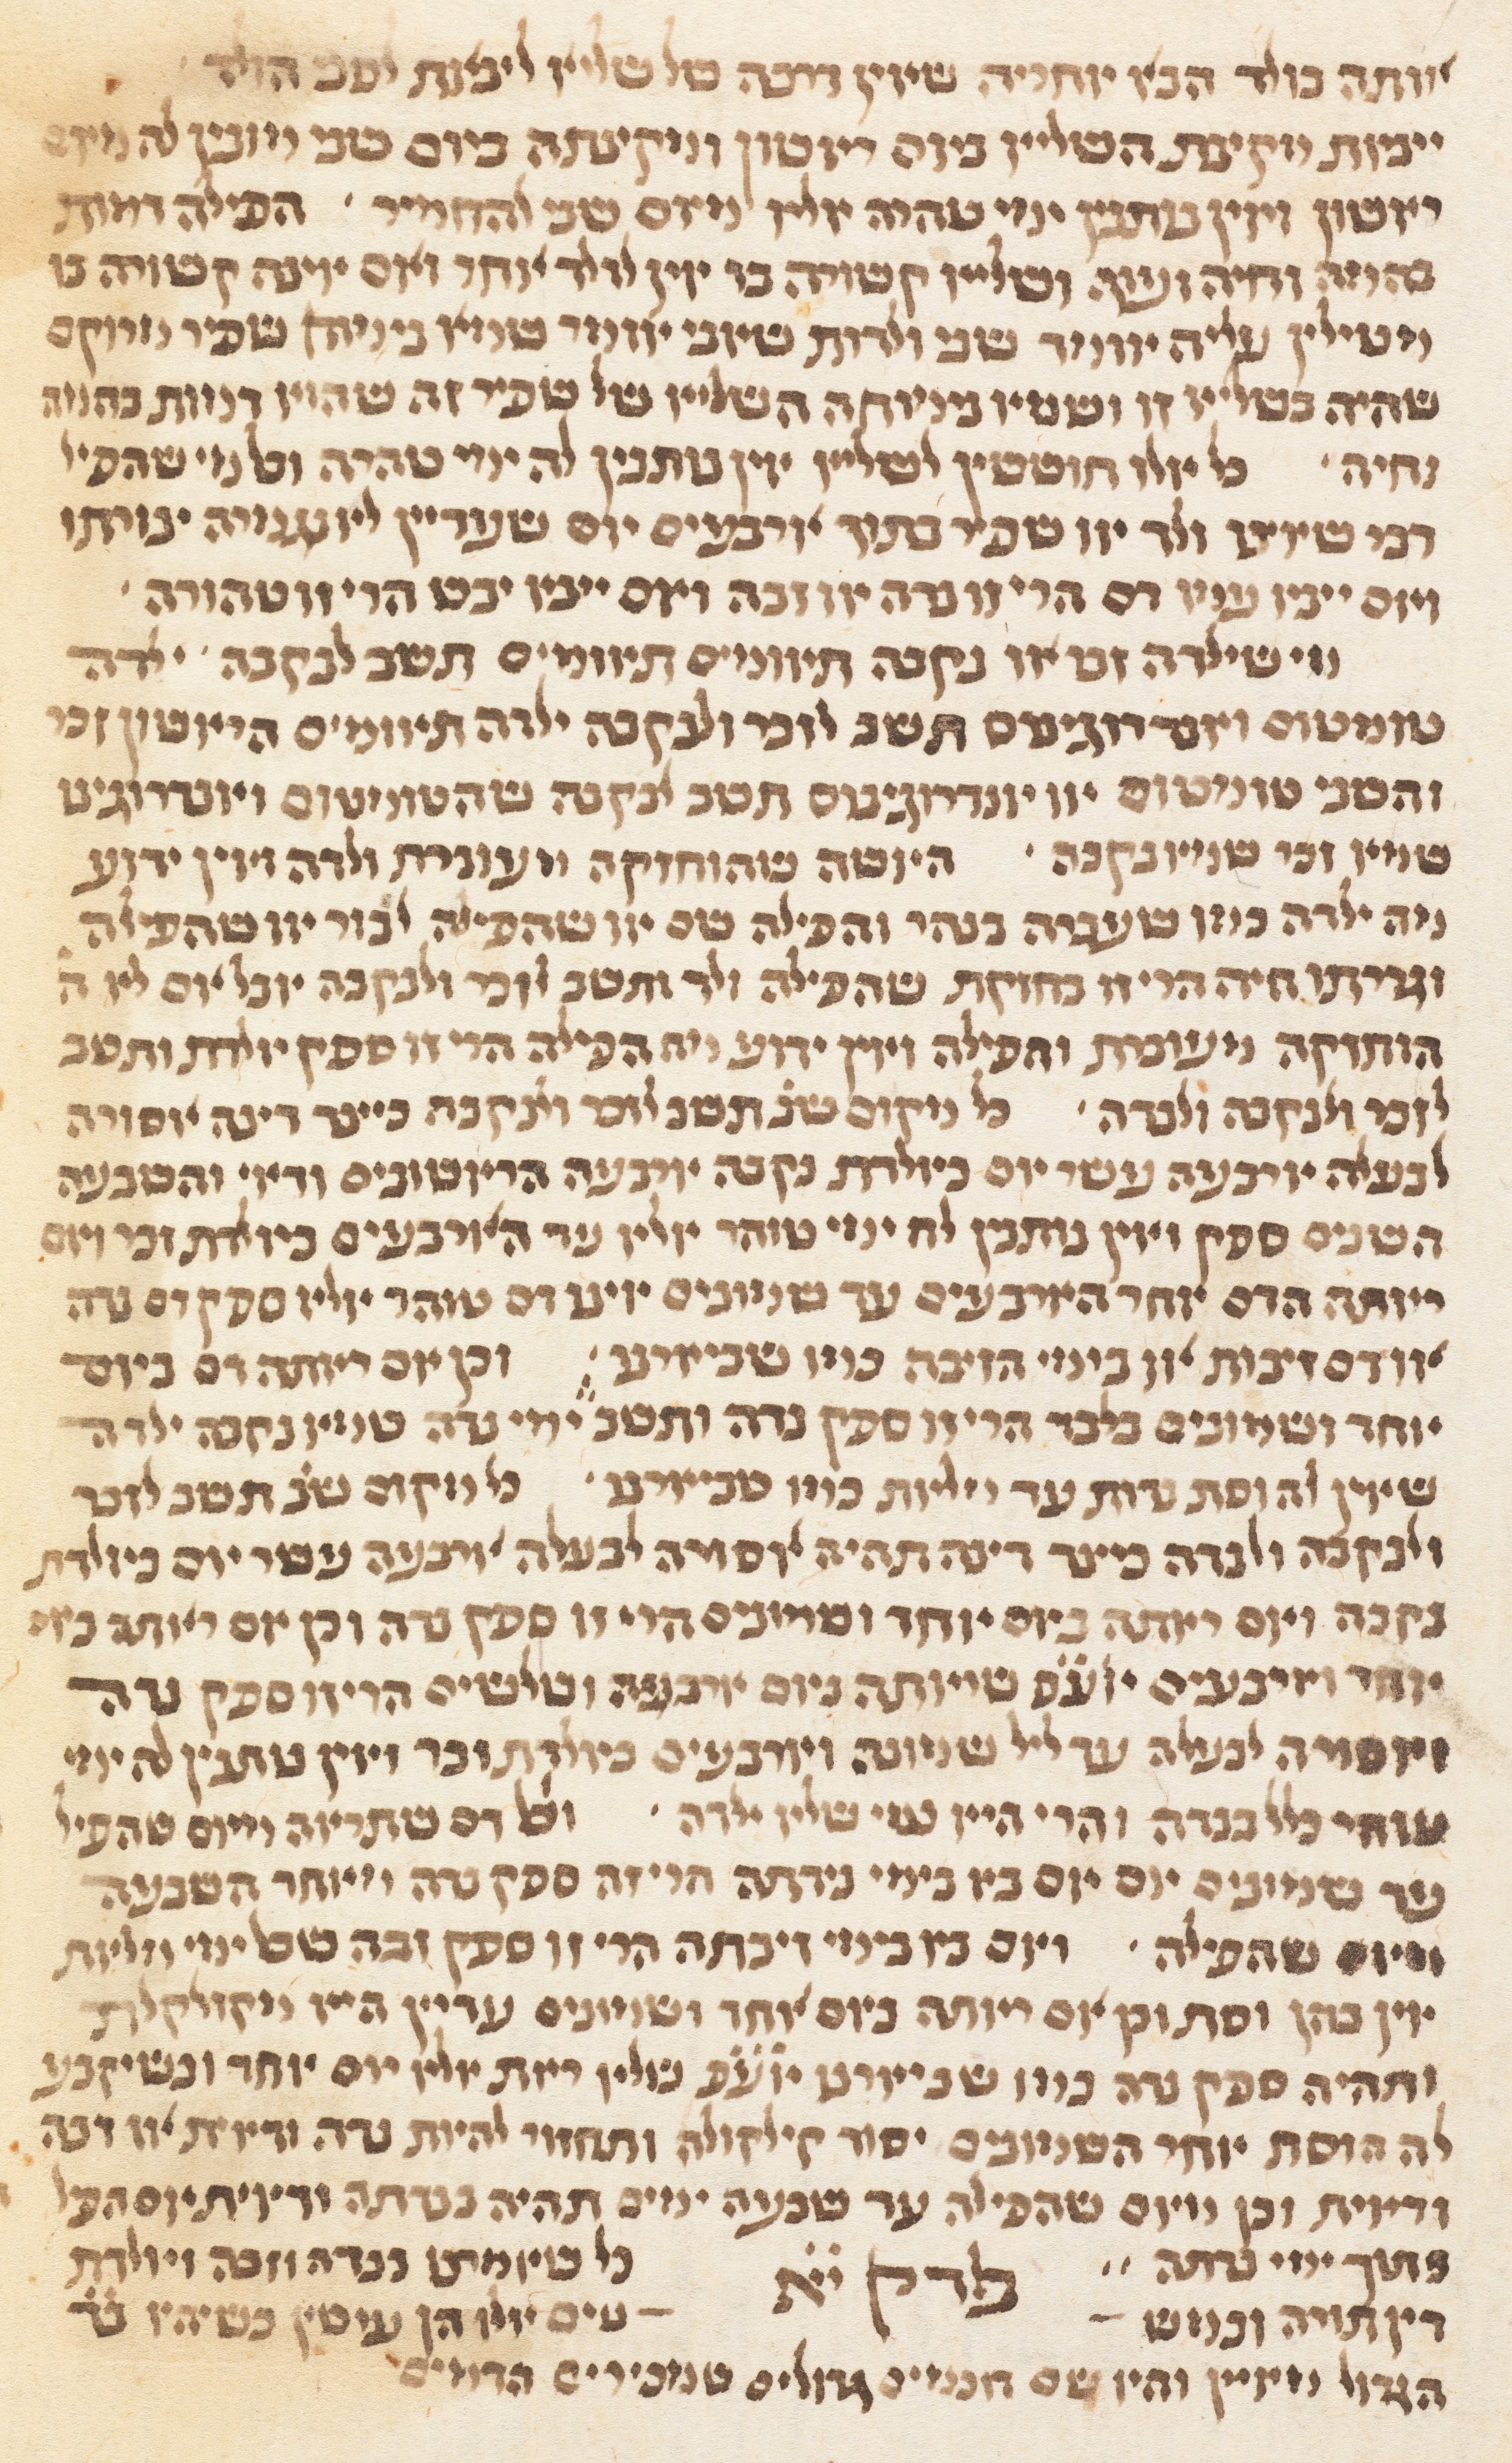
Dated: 1300–1349